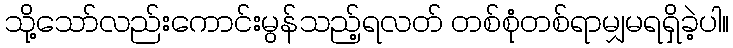
သို့သော်လည်းကောင်းမွန်သည့်ရလတ် တစ်စုံတစ်ရာမျှမရရှိခဲ့ပါ။